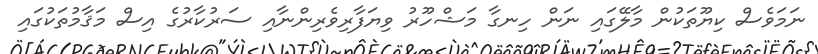
ނަމަވެސް ކިޔޫތަކުން މާލޭގައި ނަން ހިނގާ މަޝްހޫރު ވިޔަފާރިވެރިންނާއި ސަރުކާރުގެ އިސް މަޤާމުތަކުގައި